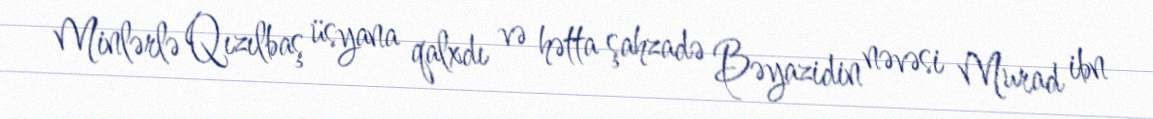
Minlərlə Qızılbaş üsyana qalxdı və hətta şahzadə Bəyazidin nəvəsi Murad ibn